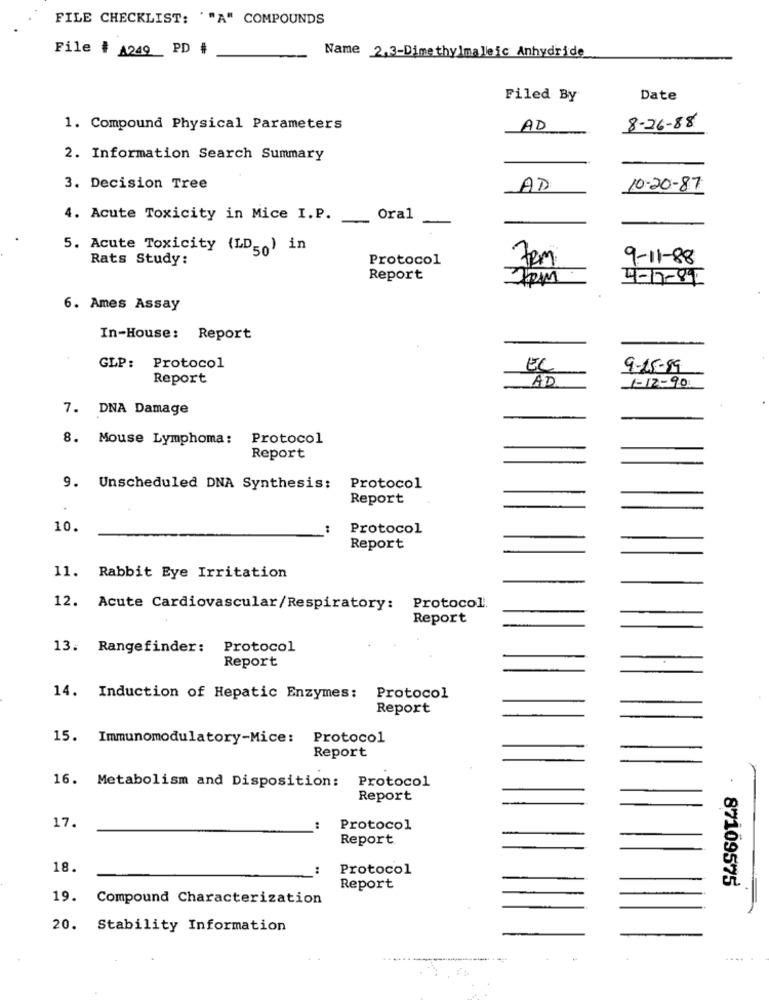
FILE CHECKLIST: ""A" COMPOUNDS
File # A249 PD #
Name 2,3-Dimethylmale ic Anhydride
Filed By
Date
1. Compound Physical Parameters
AD
8-26-88
2. Information Search Summary
3. Decision Tree
AD
10-20-87
4. Acute Toxicity in Mice I.P. ____ Oral
5. Acute Toxicity (LD_ ) in
Rats Study:
Protocol
9-11-88
Report
4-17-89
6. Ames Assay
In-House: Report
GLP: Protocol
EL
9-15-89
Report
AD
1-12-90
7. DNA Damage
8. Mouse Lymphoma:
Protocol
Report
9.
Unscheduled DNA Synthesis: Protocol
Report
10.
Protocol
Report
11. Rabbit Eye Irritation
12. Acute Cardiovascular/Respiratory: Protocol.
Report
13. Rangefinder: Protocol
Report
14. Induction of Hepatic Enzymes:
Protocol
Report
15. Immunomodulatory-Mice:
Protocol
Report
16. Metabolism and Disposition: Protocol
Report
17.
Protocol
Report
18.
Protocol
87109575
Report
19. Compound Characterization
20. Stability Information
....